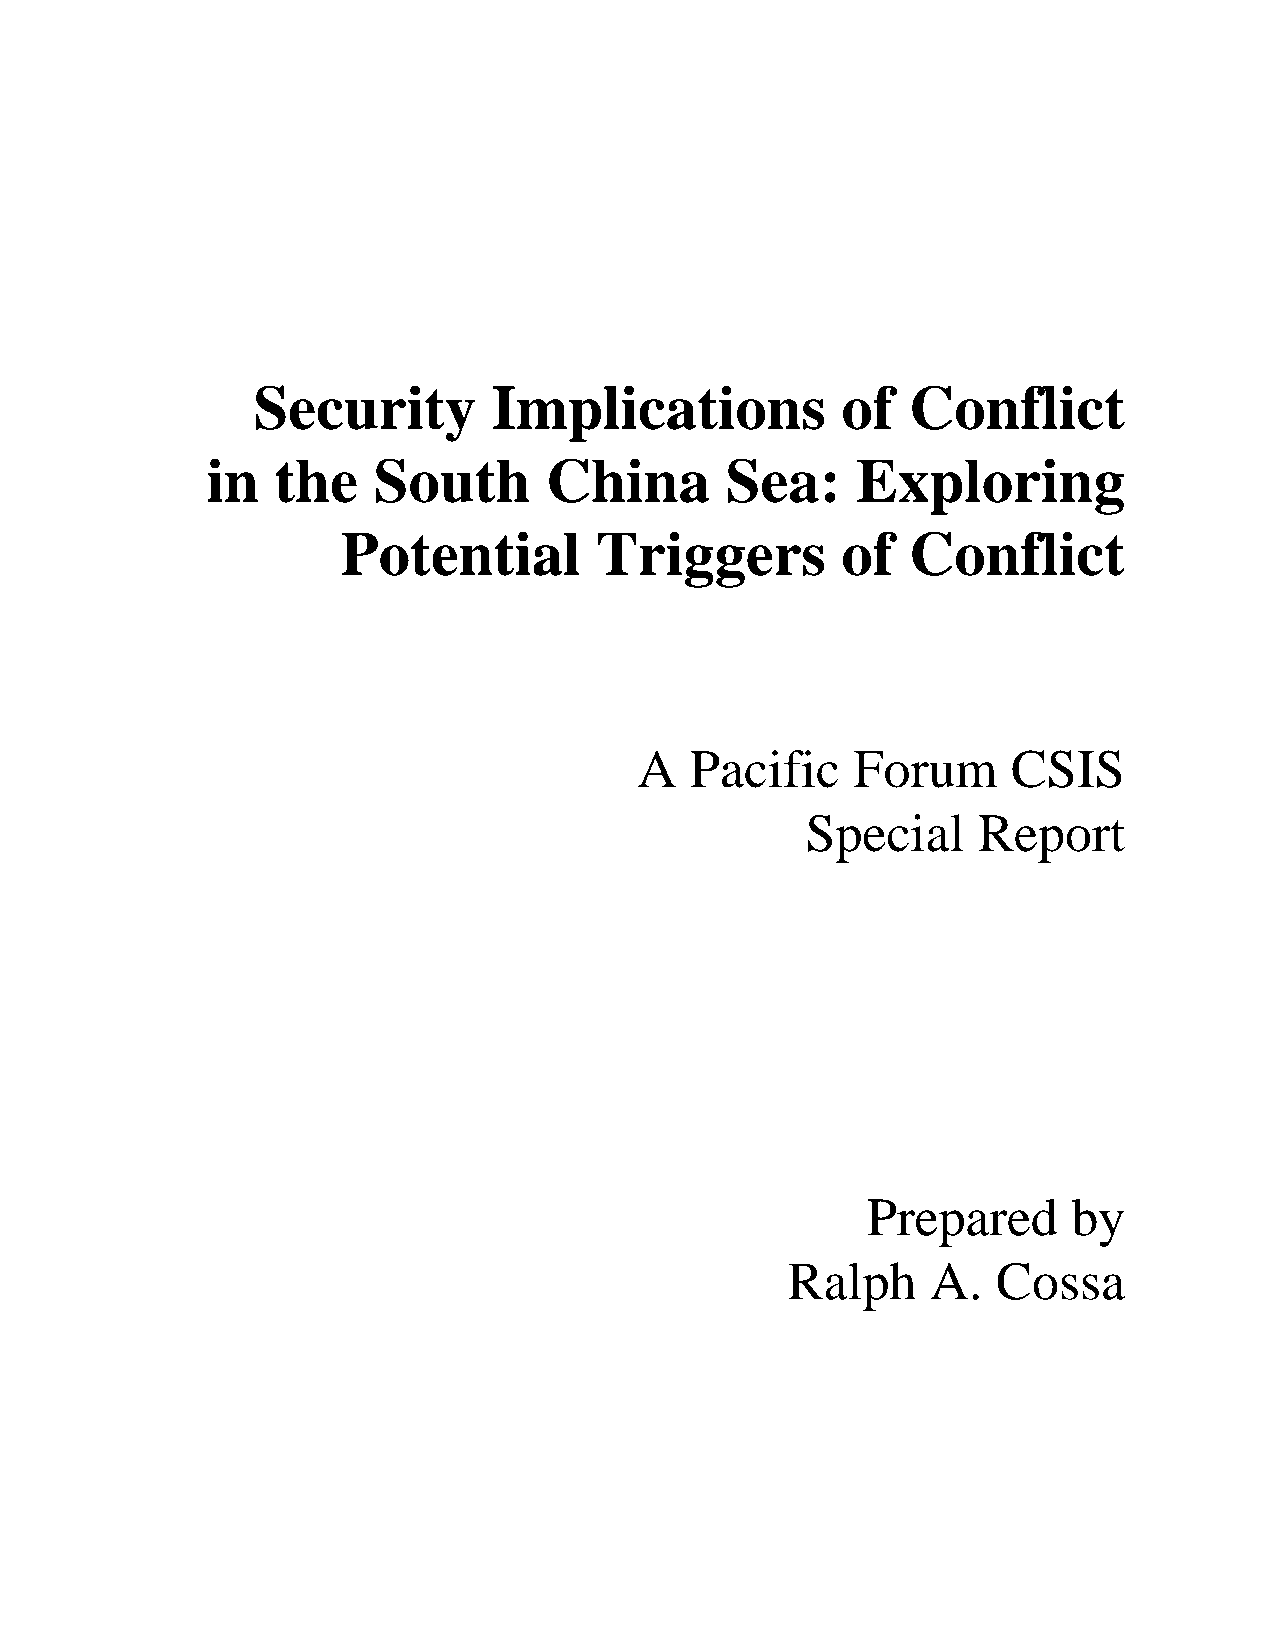
Security        Implications           of  Conflict
 in  the    South      China       Sea:     Exploring
 Potential       Triggers         of  Conflict
 A   Pacific    Forum     CSIS
 Special     Report
 Prepared      by
 Ralph     A.  Cossa